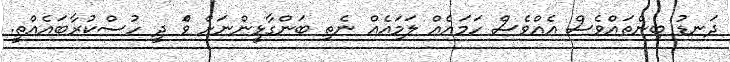
ދަނޑު ބިންތައްވެސް އެއްވެސް ހަމައެއް ލަމައެއް ނެތި ބަންގާޅީންނަށް ވެަް ދީ ހުސްކުރާބައެއްތީ.